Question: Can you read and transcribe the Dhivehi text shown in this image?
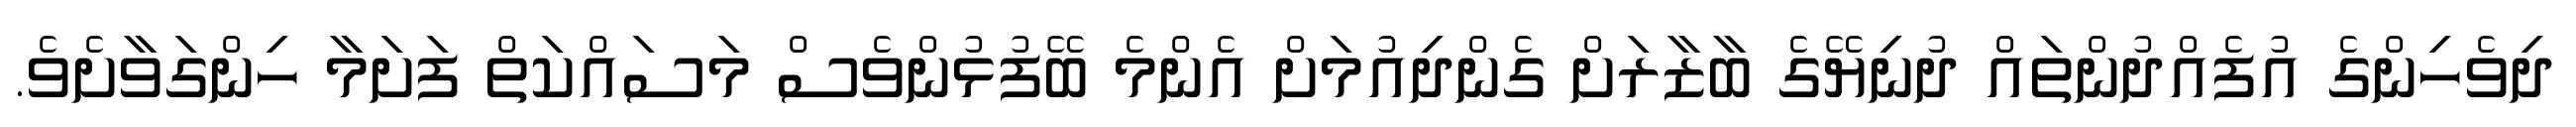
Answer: ދިވެހިންގެ އުފެއްދުންތައް ދުނިޔޭގެ ބާޒާރަށް ގެންދިއުމަށް އެންމެ ބޭފުޅުންވެސް މަސައްކަތް ފަށަމާ ހިންގަވާށެވެ.